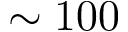
\sim 1 0 0